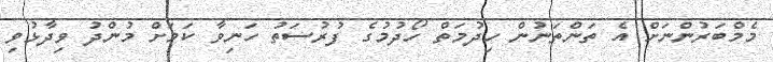
މެމްބަރުންނަށް އެ ތަންތަނުން ހިދުމަތް ހޯދުމުގެ ފުރުސަތު ހަނިވާ ކަމަށް މުންދު ވިދާޅުވި